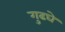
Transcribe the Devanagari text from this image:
गुढघे